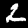
Digit: 2